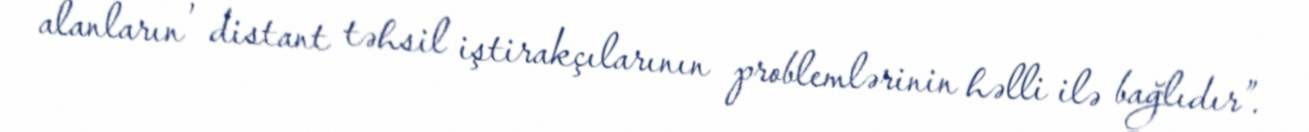
alanların , distant təhsil iştirakçılarının problemlərinin həlli ilə bağlıdır”.